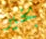
بخير